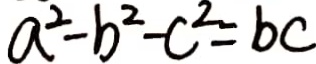
a ^ { 2 } - b ^ { 2 } - c ^ { 2 } = b c